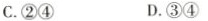
C.②④ D.③④